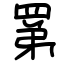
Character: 罤